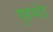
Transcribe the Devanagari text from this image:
गृहभांड